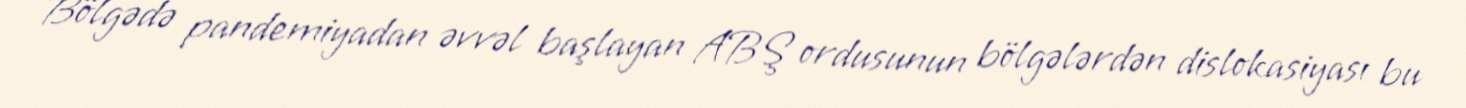
Bölgədə pandemiyadan əvvəl başlayan ABŞ ordusunun bölgələrdən dislokasiyası bu